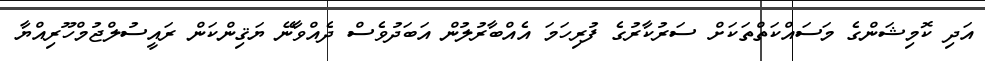
އަދި ކޮމިޝަންގެ މަސައްކަތްތަކަށް ސަރުކާރުގެ ފުރިހަމަ އެއްބާރުލުން އަބަދުވެސް ދެއްވާނޭ ޔަޤިންކަން ރައީސުލްޖުމްހޫރިއްޔާ